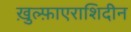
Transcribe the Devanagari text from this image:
ख़ुल्फ़ाएराशिदीन